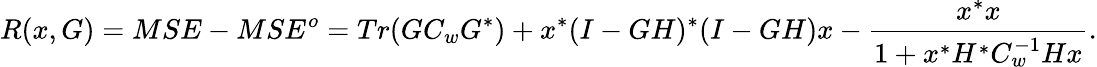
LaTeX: R(x,G)=MSE-MSE^{o}=Tr(GC_{w}G^{*})+x^{*}(I-GH)^{*}(I-GH)x-{\frac{x^{*}x}{1+x^{*}H^{*}C_{w}^{-1}Hx}}.